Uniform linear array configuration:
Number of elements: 12
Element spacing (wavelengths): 0.5
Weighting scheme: hann
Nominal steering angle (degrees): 30
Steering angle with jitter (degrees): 28.898
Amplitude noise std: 0.05
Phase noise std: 0.05

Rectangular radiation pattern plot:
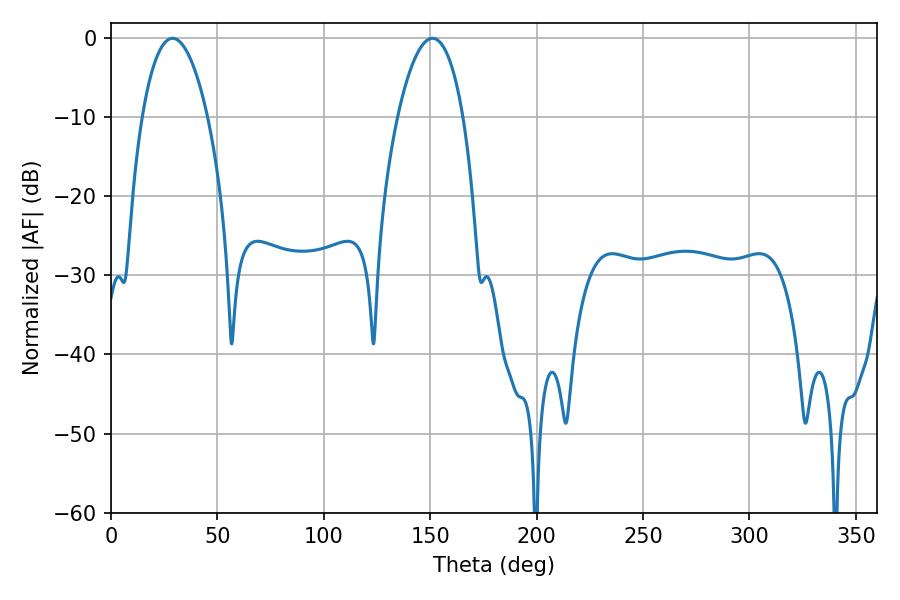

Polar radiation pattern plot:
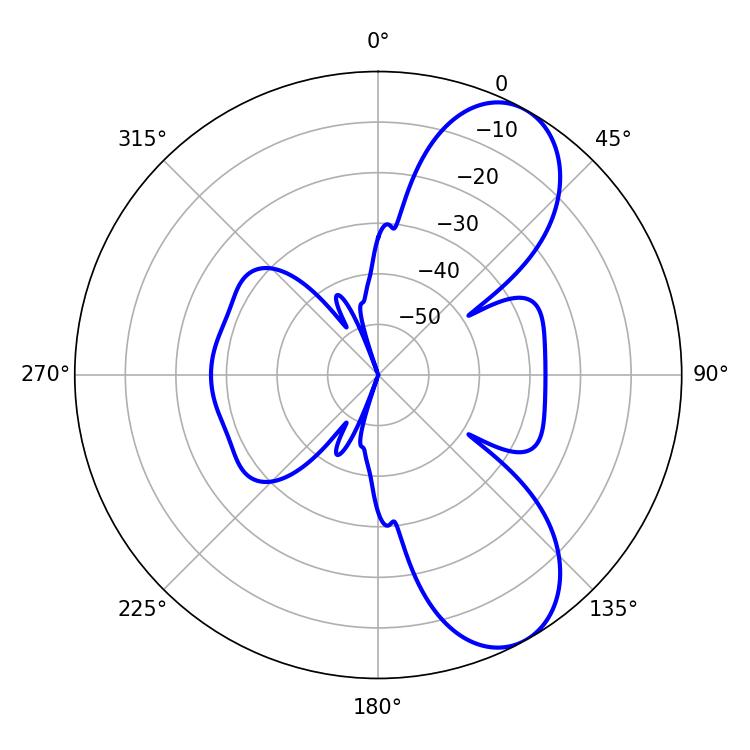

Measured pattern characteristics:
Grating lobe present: FALSE
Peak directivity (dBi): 8.083
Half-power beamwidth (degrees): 17.1
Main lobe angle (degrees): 28.98